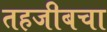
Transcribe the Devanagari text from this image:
तहजीबचा